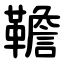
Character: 韂